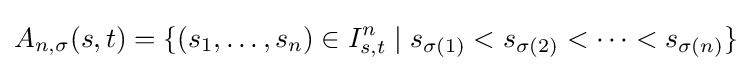
A_{n,\sigma }(s,t)=\{(s_{1},\ldots ,s_{n})\in I_{s,t}^{n}\mid s_{\sigma (1)}<s_{\sigma (2)}<\cdots <s_{\sigma (n)}\}